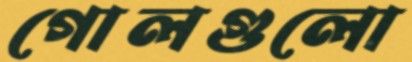
গোলগুলো